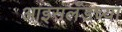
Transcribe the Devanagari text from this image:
आइसलँडच्या